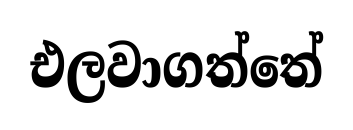
එලවාගත්තේ